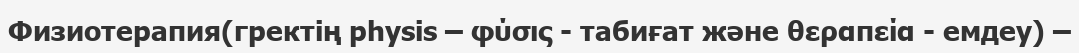
Физиотерапия(гректің physіs – φύσις - табиғат және θεραπεία - емдеу) –